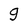
Character: g